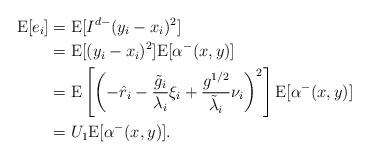
LaTeX: \begin{align*}\mathrm{E}[e_i] &= \mathrm{E}[I^{d-}(y_i-x_i)^2] \\&= \mathrm{E}[(y_i-x_i)^2] \mathrm{E}[\alpha^-(x,y)] \\&= \mathrm{E}\left[ \left(-\hat{r}_i - \frac{\tilde{g}_i}{\lambda_i}\xi_i + \frac{g^{1/2}}{\tilde{\lambda}_i} \nu_i \right)^2 \right] \mathrm{E}[\alpha^-(x,y)]\\&= U_1 \mathrm{E}[\alpha^-(x,y)].\end{align*}